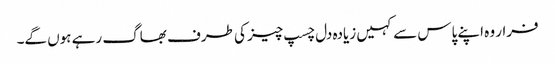
فرار وہ اپنے پاس سے کہیں زیادہ دل چسپ چیز کی طرف بھاگ رہے ہوں گے۔